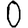
Digit: 0